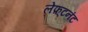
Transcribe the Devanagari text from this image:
लेफ़्टनंट